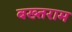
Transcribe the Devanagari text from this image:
बख्तराम